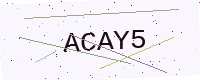
Text: ACAY5